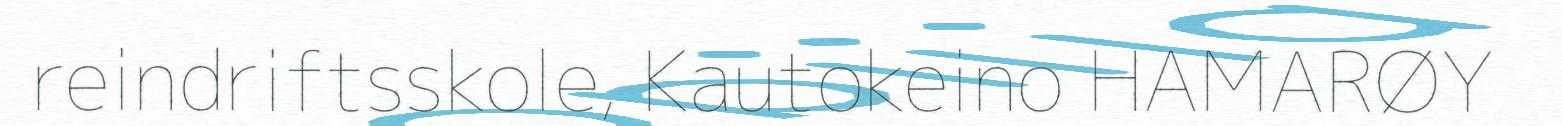
reindriftsskole, Kautokeino HAMARØY